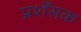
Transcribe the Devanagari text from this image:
प्रशँसक